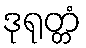
ဒုရုတ္တံ